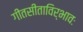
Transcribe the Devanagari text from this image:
गीतसीताविर्भावः